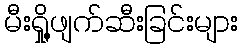
မီးရှို့ဖျက်ဆီးခြင်းများ